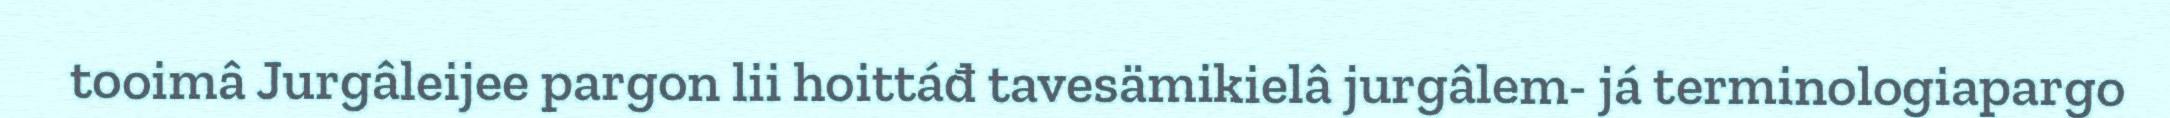
tooimâ Jurgâleijee pargon lii hoittáđ tavesämikielâ jurgâlem- já terminologiapargo